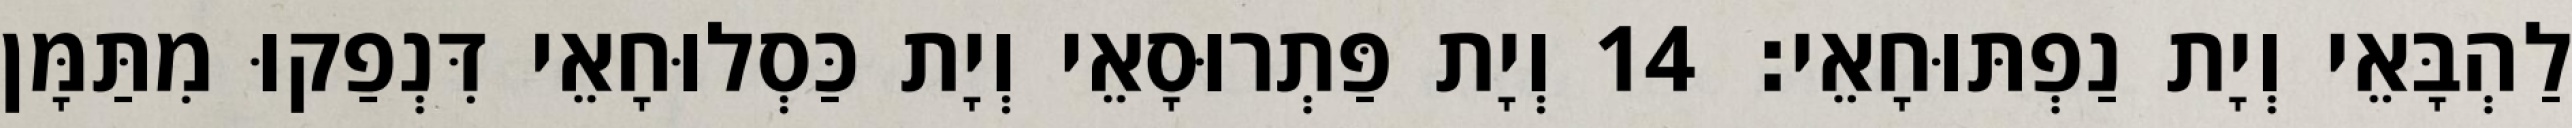
לַהְבָּאֵי וְיָת נַפְתּוּחָאֵי׃ 14 וְיָת פַּתְרוּסָאֵי וְיָת כַּסְלוּחָאֵי דִּנְפַקוּ מִתַּמָּן